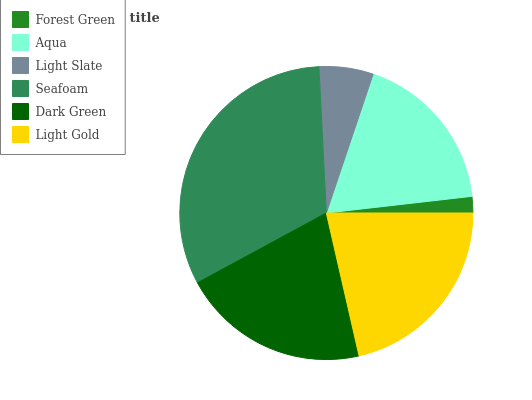
| Forest Green | Aqua | Light Slate | Seafoam | Dark Green | Light Gold |
 | --- | --- | --- | --- | --- | --- |
 | 1.81% | 18% | 5.96% | 32.1% | 20.7% | 21.5% |